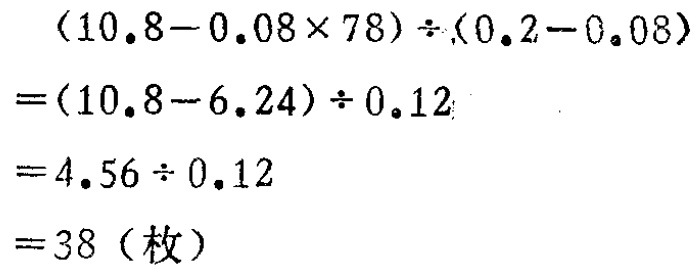
\[

\begin{align*}

&(10.8 - 0.08\times78)\div(0.2 - 0.08)\\

=&(10.8 - 6.24)\div0.12\\

=&4.56\div0.12\\

=&38 (\text{枚})

\end{align*}

\]